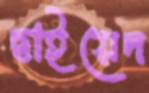
ছাইয়েদ